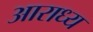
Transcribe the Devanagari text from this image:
अाराध्य